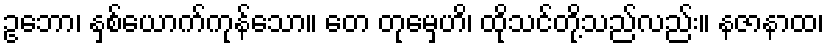
ဥဘော၊ နှစ်ယောက်ကုန်သော။ တေ တုမှေဟိ၊ ထိုသင်တို့သည်လည်း။ နဇာနာထ၊